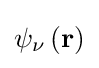
\psi _{\nu }\left(\mathbf {r} \right)